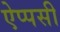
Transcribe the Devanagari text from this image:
ऐप्पसी